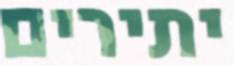
יתירים